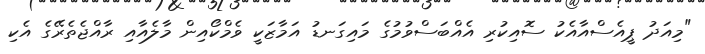
"މިއަދު ޕީއެސްއާއެކު ސޮއިކުރި އެއްބަސްވުމުގެ މައިގަނޑު އަމާޒަކީ ވެމްކޯއިން މާލެއާއި ރާއްޖެތެރޭގެ އެކި